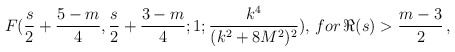
\begin{align*}F(\frac{s}{2}+\frac{5-m}{4},\frac{s}{2}+\frac{3-m}{4};1;\frac{k^4}{(k^2+8M^2)^2}), \,for\,\Re(s)>\frac{m-3}{2}\,, \end{align*}